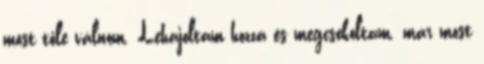
most tőle válnom. Lehajoltam hozzá és megcsókoltam. már most